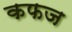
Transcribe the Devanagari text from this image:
कफज